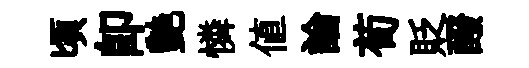
頃卽艶憐値論荀貶醱